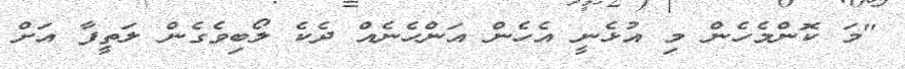
"މަ ކޮންމެހެން މި އުޅެނީ އެހެން އަންހެނެއް ދެކެ ލޯބިވެގެން ލަތީފާ އަށް